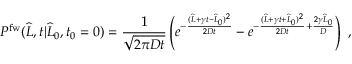
P ^ { \mathrm { f w } } ( \widehat { L } , t | \widehat { L } _ { 0 } , t _ { 0 } = 0 ) = \frac { 1 } { \sqrt { 2 \pi D t } } \left( e ^ { - \frac { ( \widehat { L } + \gamma t - \widehat { L } _ { 0 } ) ^ { 2 } } { 2 D t } } - e ^ { - \frac { ( \widehat { L } + \gamma t + \widehat { L } _ { 0 } ) ^ { 2 } } { 2 D t } + \frac { 2 \gamma \widehat { L } _ { 0 } } { D } } \right) \ ,